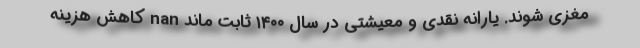
مغزی شوند. یارانه نقدی و معیشتی در سال ۱۴۰۰ ثابت ماند nan کاهش هزینه